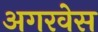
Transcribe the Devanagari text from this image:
अगरवेस